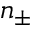
n _ { \pm }